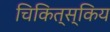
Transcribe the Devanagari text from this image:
चिकित्स्किय